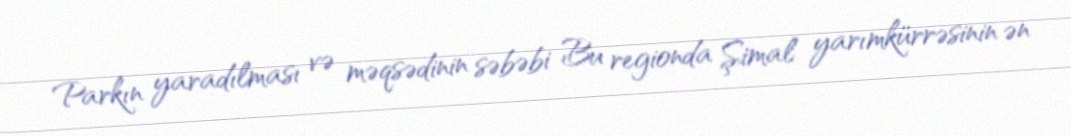
Parkın yaradılması və məqsədinin səbəbi Bu regionda Şimal yarımkürrəsinin ən